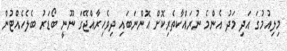
މިލިއުމުގަ އަދި މަދު އެންމެ ނުރައްކާތެރިކޮށް އޮންނަބައި ދިވެހިރާއްޖޭގަ ނޫނީ ބޯޑަރު ބެލެހެއްޓުން